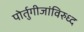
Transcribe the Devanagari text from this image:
पोर्तुगीजांविरुध्द